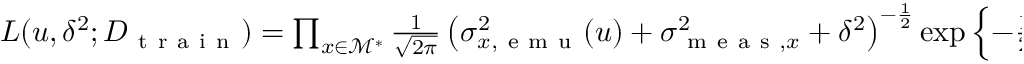
\begin{array} { r } { L ( u , \delta ^ { 2 } ; D _ { \mathrm { ~ t ~ r ~ a ~ i ~ n ~ } } ) = \prod _ { x \in \mathcal { M } ^ { * } } \frac { 1 } { \sqrt { 2 \pi } } \left( \sigma _ { x , \mathrm { ~ e ~ m ~ u ~ } } ^ { 2 } ( u ) + \sigma _ { \mathrm { ~ m ~ e ~ a ~ s ~ } , x } ^ { 2 } + \delta ^ { 2 } \right) ^ { - \frac 1 2 } \exp \left\{ - \frac { 1 } { 2 } \frac { \left[ \hat { \eta } _ { x } ( u ) - z ( x ) \right] ^ { 2 } } { \sigma _ { x , \mathrm { ~ e ~ m ~ u ~ } } ^ { 2 } ( u ) + \sigma _ { \mathrm { ~ m ~ e ~ a ~ s ~ } , x } ^ { 2 } + \delta ^ { 2 } } \right\} , } \end{array}